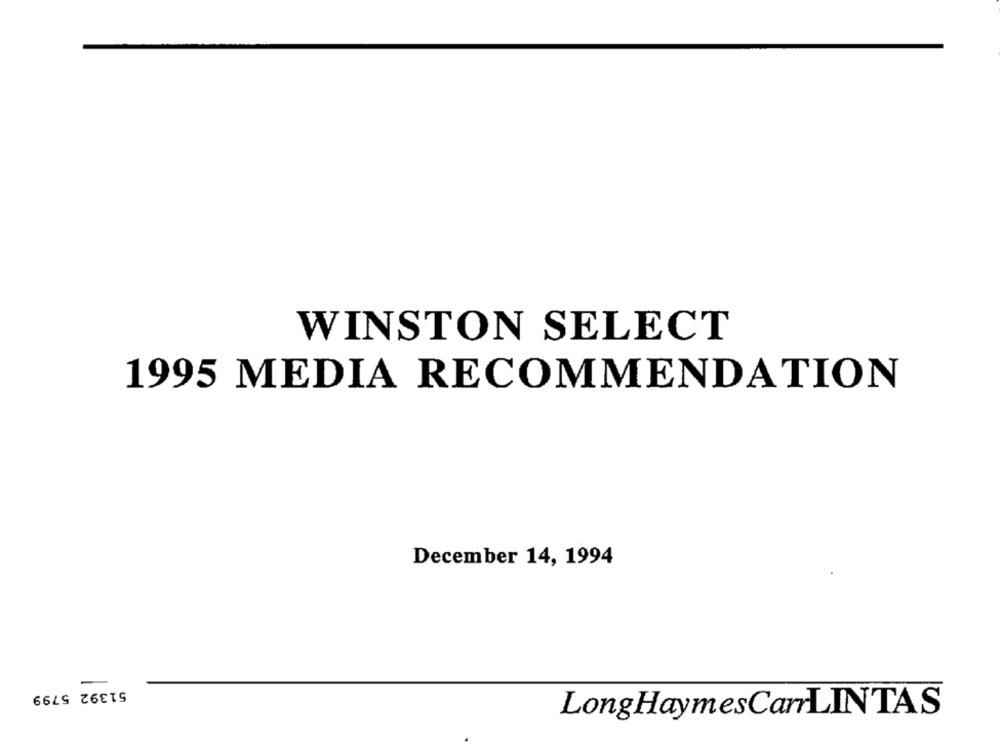
WINSTON SELECT
1995 MEDIA RECOMMENDATION
December 14, 1994
51392 5799
LongHaymesCarLINTAS